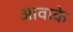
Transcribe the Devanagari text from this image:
आवाके